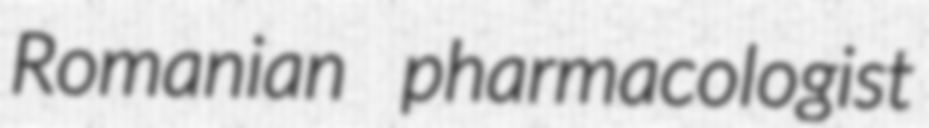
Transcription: Romanian pharmacologist